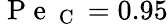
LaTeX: \mathrm{~P~e~}_{\mathrm{~C~}}=0.95